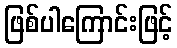
ဖြစ်ပါကြောင်းဖြင့်